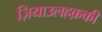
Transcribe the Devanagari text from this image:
ज़ियाउलहक़की